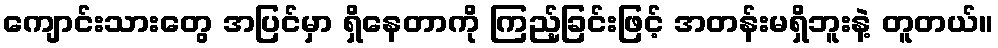
ကျောင်းသားတွေ အပြင်မှာ ရှိနေတာကို ကြည့်ခြင်းဖြင့် အတန်းမရှိဘူးနဲ့ တူတယ်။